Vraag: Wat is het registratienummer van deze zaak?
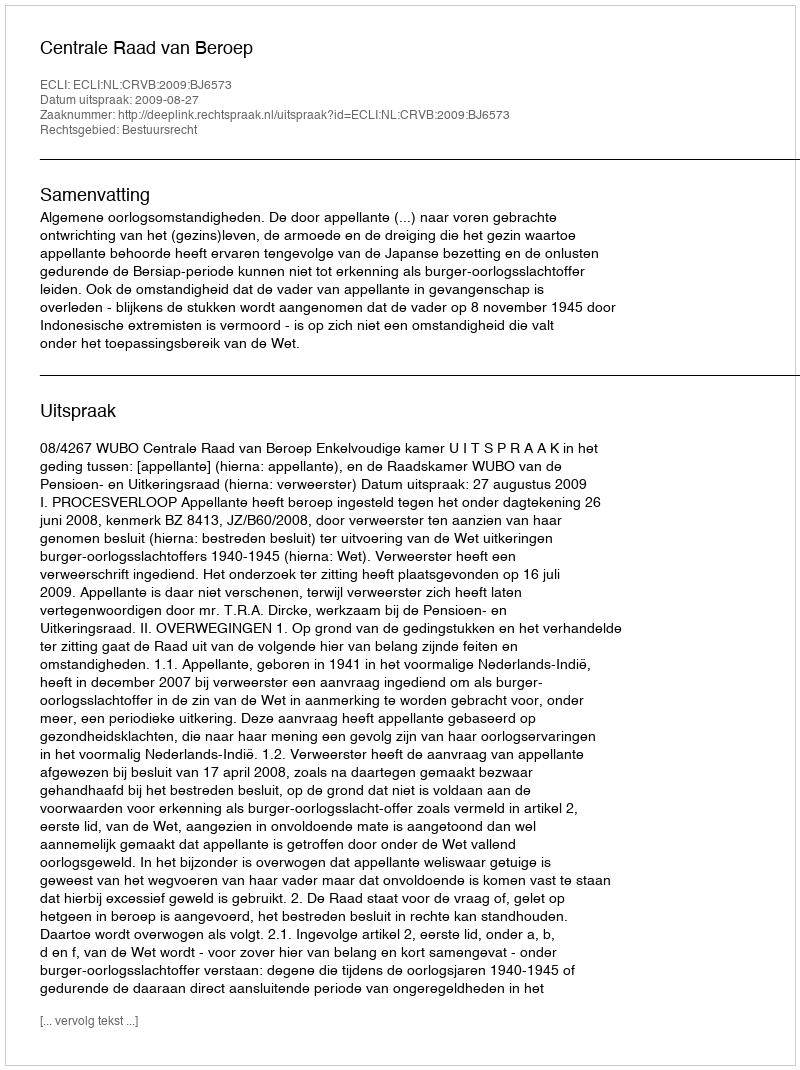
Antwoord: http://deeplink.rechtspraak.nl/uitspraak?id=ECLI:NL:CRVB:2009:BJ6573